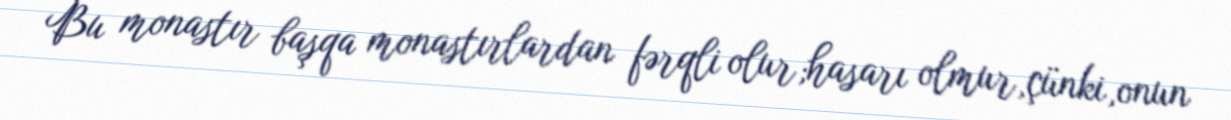
Bu monastır başqa monastırlardan fərqli olur;hasarı olmur,çünki,onun